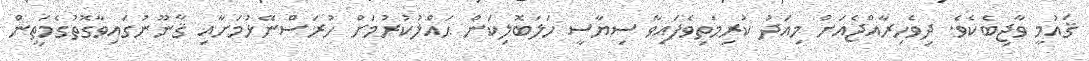
ޤައުމީ ވާޖިބެކެވެ. ދިވެހިރާއްޖެއަށް މިއަދު ކުރިމަތިވެފައިވާ ސިޔާސީ ހަލަބޮލިކަން ޙައްލުކުރުމަށް ހުރަސްނޭޅުމަށާއި ޤާނޫނުގައިވާގޮތުގެމަތީން